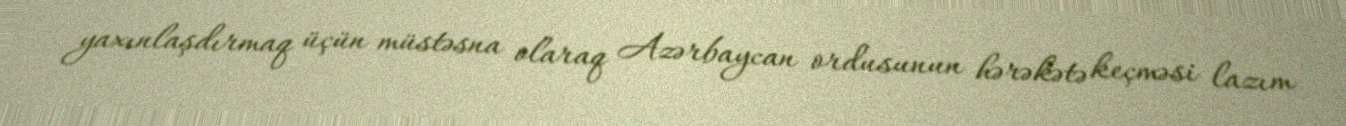
yaxınlaşdırmaq üçün müstəsna olaraq Azərbaycan ordusunun hərəkətə keçməsi lazım